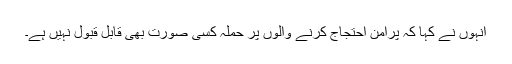
انہوں نے کہا کہ پرامن احتجاج کرنے والوں پر حملہ کسی صورت بھی قابل قبول نہیں ہے۔